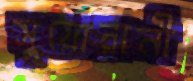
সুয়োরানী